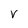
Character: v